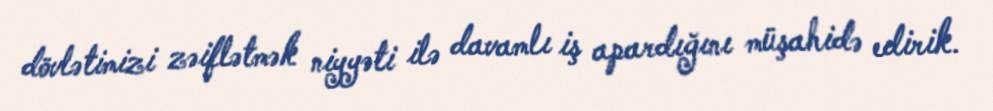
dövlətimizi zəiflətmək niyyəti ilə davamlı iş apardığını müşahidə edirik.